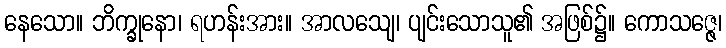
နေသော။ ဘိက္ခုနော၊ ရဟန်းအား။ အာလသျေ၊ ပျင်းသောသူ၏ အဖြစ်၌။ ကောသဇ္ဇေ၊